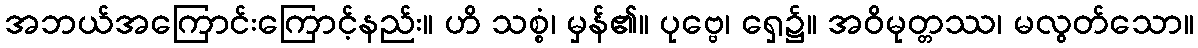
အဘယ်အကြောင်းကြောင့်နည်း။ ဟိ သစ္စံ၊ မှန်၏။ ပုဗ္ဗေ၊ ရှေ၌။ အဝိမုတ္တဿ၊ မလွတ်သော။